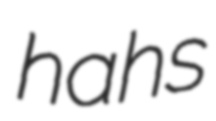
hahs